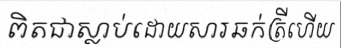
ពិតជាស្លាប់ដោយសារឆក់ត្រីហើយ